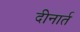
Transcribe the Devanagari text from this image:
दीनार्त